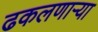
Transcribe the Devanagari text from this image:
ढकलणाऱ्या